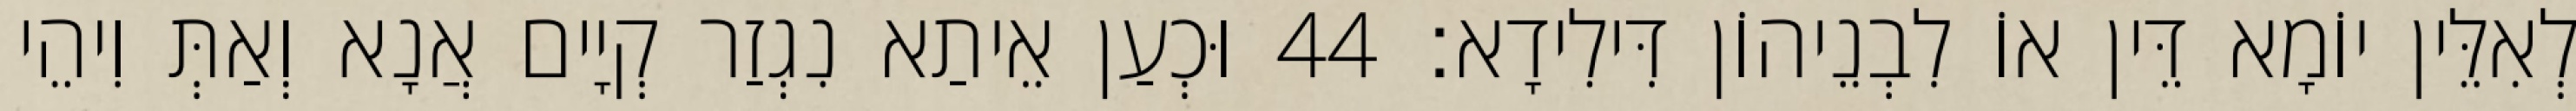
לְאִלֵּין יוֹמָא דֵּין אוֹ לִבְנֵיהוֹן דִּילִידָא׃ 44 וּכְעַן אֵיתַא נִגְזַר קְיָים אֲנָא וְאַתְּ וִיהֵי